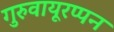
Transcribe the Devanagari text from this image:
गुरुवायूरप्पन